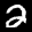
Label: 2